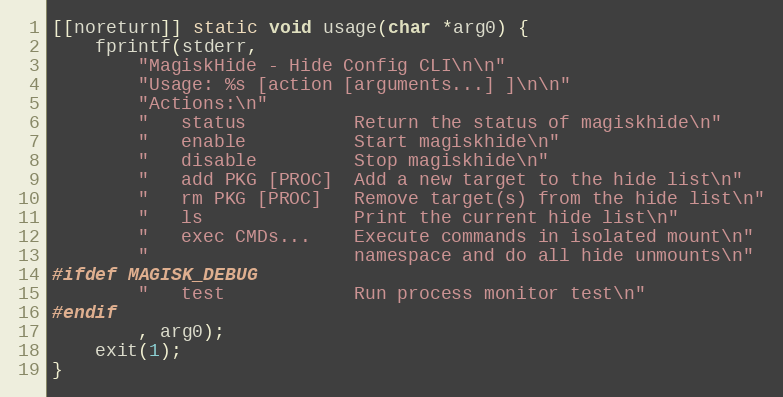
Language: C++
[[noreturn]] static void usage(char *arg0) {
    fprintf(stderr,
        "MagiskHide - Hide Config CLI\n\n"
        "Usage: %s [action [arguments...] ]\n\n"
        "Actions:\n"
        "   status          Return the status of magiskhide\n"
        "   enable          Start magiskhide\n"
        "   disable         Stop magiskhide\n"
        "   add PKG [PROC]  Add a new target to the hide list\n"
        "   rm PKG [PROC]   Remove target(s) from the hide list\n"
        "   ls              Print the current hide list\n"
        "   exec CMDs...    Execute commands in isolated mount\n"
        "                   namespace and do all hide unmounts\n"
#ifdef MAGISK_DEBUG
        "   test            Run process monitor test\n"
#endif
        , arg0);
    exit(1);
}